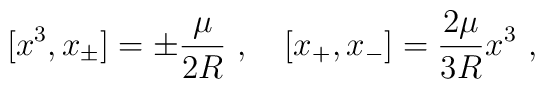
[x^3, x_{\pm} ] = \pm \frac{\mu}{2 R}~, \ \ \ [x_+, x_-]=\frac{2\mu}{3R} x^3~,